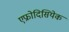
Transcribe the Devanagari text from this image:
एफ्रोदिसियेक